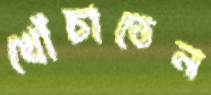
খোঁচাতেন